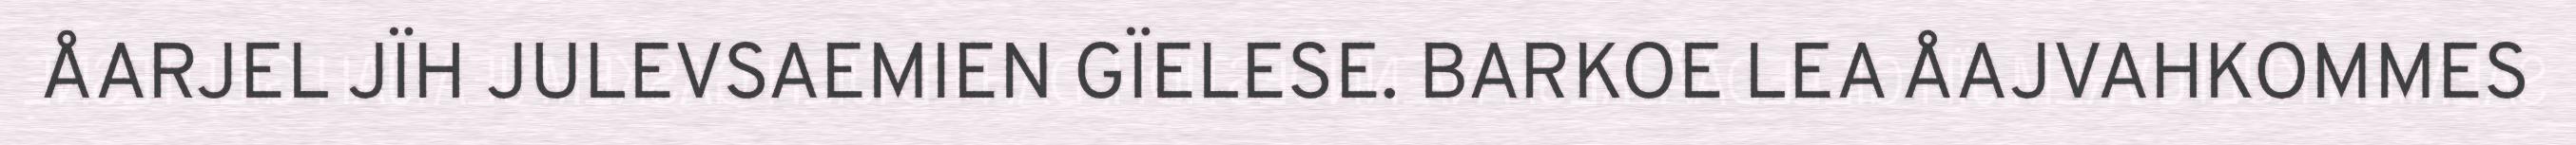
ÅARJEL JÏH JULEVSAEMIEN GÏELESE. BARKOE LEA ÅAJVAHKOMMES